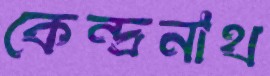
কেন্দ্রনাথ